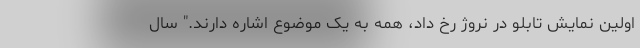
اولین نمایش تابلو در نروژ رخ داد، همه به یک موضوع اشاره دارند." سال